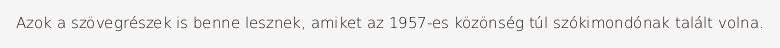
Azok a szövegrészek is benne lesznek, amiket az 1957-es közönség túl szókimondónak talált volna.